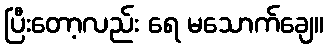
ပြီးတော့လည်း ရေ မသောက်ချေ။